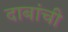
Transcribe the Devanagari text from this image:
दाबांची